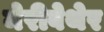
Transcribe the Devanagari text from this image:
मेरीवेथेर